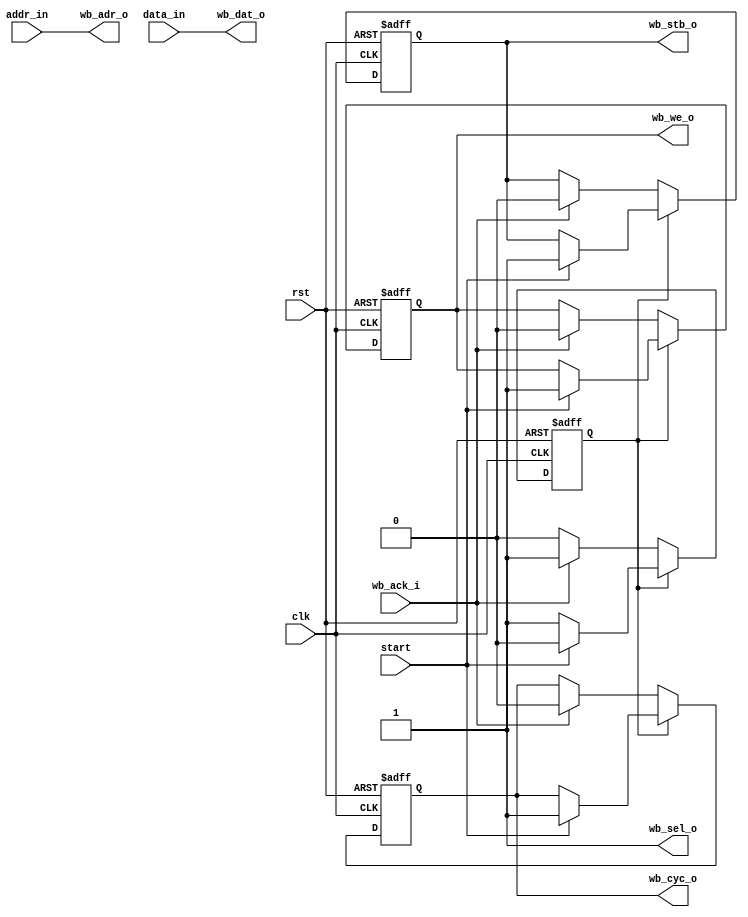
// simple wishbone master used to write a wishbone slave

module wb_master (

  input        rst      ,
  input        clk      ,
  input        start    , // start wishbone transaction
  input  [7:0] addr_in  , // slave address to be written to
  input  [7:0] data_in  , // data to be written

  // wishbone interface
  input        wb_ack_i ,
  output reg   wb_stb_o ,
  output reg   wb_we_o  ,
  output       wb_sel_o ,
  output reg   wb_cyc_o ,
  output [7:0] wb_dat_o ,
  output [7:0] wb_adr_o 

);

reg wb_idle ;

//  WB register transactor
//  Assert stb/cyc until EFB acknowledges with wb_ack_i
always @(posedge clk or posedge rst)
begin
  if (rst) begin
    wb_idle <= 1;
    wb_stb_o <= 0;
    wb_cyc_o <= 0;
    wb_we_o <= 0;
  end else begin
    //  Assert stb/cyc signals to start WB transaction
        if (wb_idle) begin
            if (start) begin
              wb_stb_o <= #1 1;       // delay 1 ns to avoid simulation/hardware mismatch
              wb_cyc_o <= #1 1;       // delay 1 ns to avoid simulation/hardware mismatch
              wb_we_o  <= 1;
              wb_idle <= 0;
            end
    // Monitor ack_o for end of transaction
        end else begin
            if (wb_ack_i) begin
              wb_stb_o <= 0;
              wb_cyc_o <= 0;
              wb_we_o <= 0;
              wb_idle <= 1;
            end
        end
  end
end

  // Common signals driven out to all WB slaves
  assign wb_write =  1 ;
  assign wb_sel_o =  wb_write ;   // For an 8-bit databus, byte enable selected for any transfer
  assign wb_dat_o =  data_in  ;   // 8'hE0    ;   // LM8 data sent to all WB slaves
  assign wb_adr_o =  addr_in  ;   // 8'h55    ;   // LM8 lower address bits sent to all WB slaves

endmodule